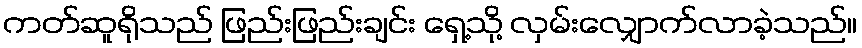
ကတ်ဆူရိုသည် ဖြည်းဖြည်းချင်း ရှေ့သို့ လှမ်းလျှောက်လာခဲ့သည်။